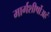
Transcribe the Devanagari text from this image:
मार्गशीर्षोअहं